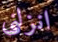
انزلني